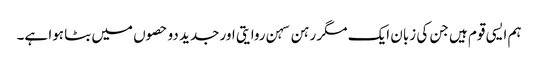
ہم ایسی قوم ہیں جن کی زبان ایک مگر رہن سہن روایتی اور جدید دو حصوں میں بٹا ہوا ہے۔